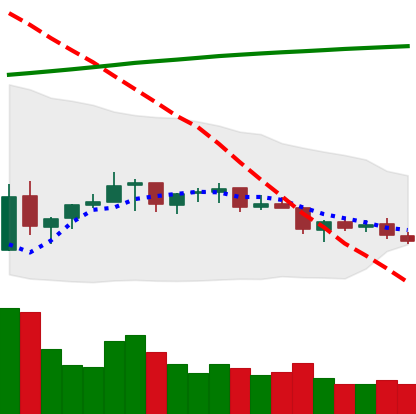
Ticker: TRX-USD
Chart end date: 2021-07-13
Forward return: -5.541%
Label: down_5_7